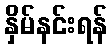
နှိမ်နင်းရန်